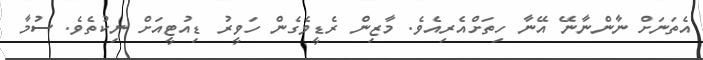
އެތަނަށް ނާންނާނޭ އޭނާ ހިތަށްއެރިއެވެ. މާޒިން ރެޑީވެގެން ހަވީރު ޑިއުޓީއަށް ނިކުތެވެ. ސުމާ